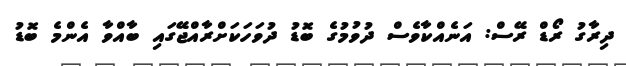
ދިރާގު ރޯޑް ރޭސް: އަނެއްކާވެސް ދުވުމުގެ ބޮޑު ދުވަހަކަށްރާއްޖޭގައި ބާއްވާ އެންމެ ބޮޑު